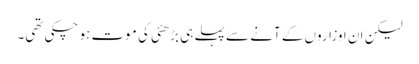
لیکن ان اوزاروں کے آنے سے پہلے ہی بڑھئی کی موت ہو چکی تھی۔